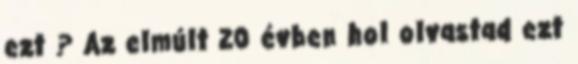
ezt ? Az elmúlt 20 évben hol olvastad ezt